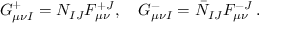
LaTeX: G _ { \mu \nu I } ^ { + } = { \cal N } _ { I J } F _ { \mu \nu } ^ { + J } , \quad G _ { \mu \nu I } ^ { - } = \bar { \cal N } _ { I J } F _ { \mu \nu } ^ { - J } \, .